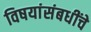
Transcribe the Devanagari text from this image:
विषयांसंबधींचे